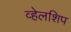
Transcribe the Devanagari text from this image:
व्हेलशिप